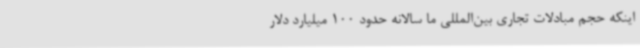
اینکه حجم مبادلات تجاری بین‌المللی ما سالانه حدود 100 میلیارد دلار